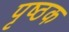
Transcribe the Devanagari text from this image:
पृष्ठक